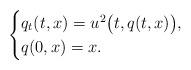
LaTeX: \begin{align*}\begin{cases} q_{t}(t,x)=u^2\big(t,q(t,x)\big),\\ q(0,x)=x.\end{cases}\end{align*}